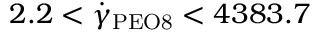
2 . 2 < \dot { \gamma } _ { \mathrm { P E O 8 } } < 4 3 8 3 . 7